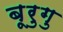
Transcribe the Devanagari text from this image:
बूरुगु